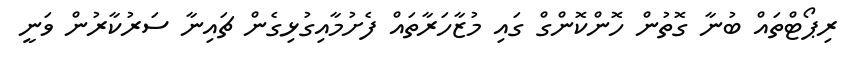
ރިޕޯޓްތައް ބުނާ ގޮތުން ހޮންކޮންގް ގައި މުޒާހަރާތައް ފެށުމާއިގުޅިގެން ޗައިނާ ސަރުކާރުން ވަނީ